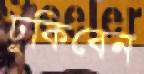
ঢুকিবেন